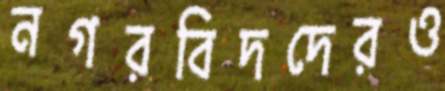
নগরবিদদেরও